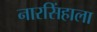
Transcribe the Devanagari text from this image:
नारसिंहाला